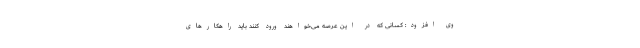
وی افزود: کسانی که در این عرصه می‌خواهند ورود کنند باید راهکارهای